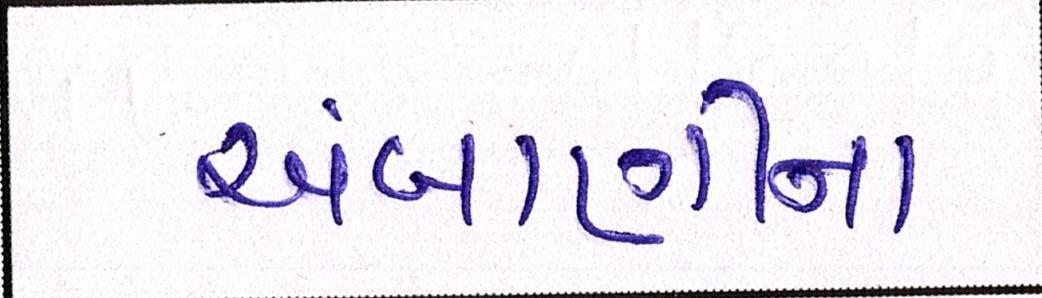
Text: અંબાણીના